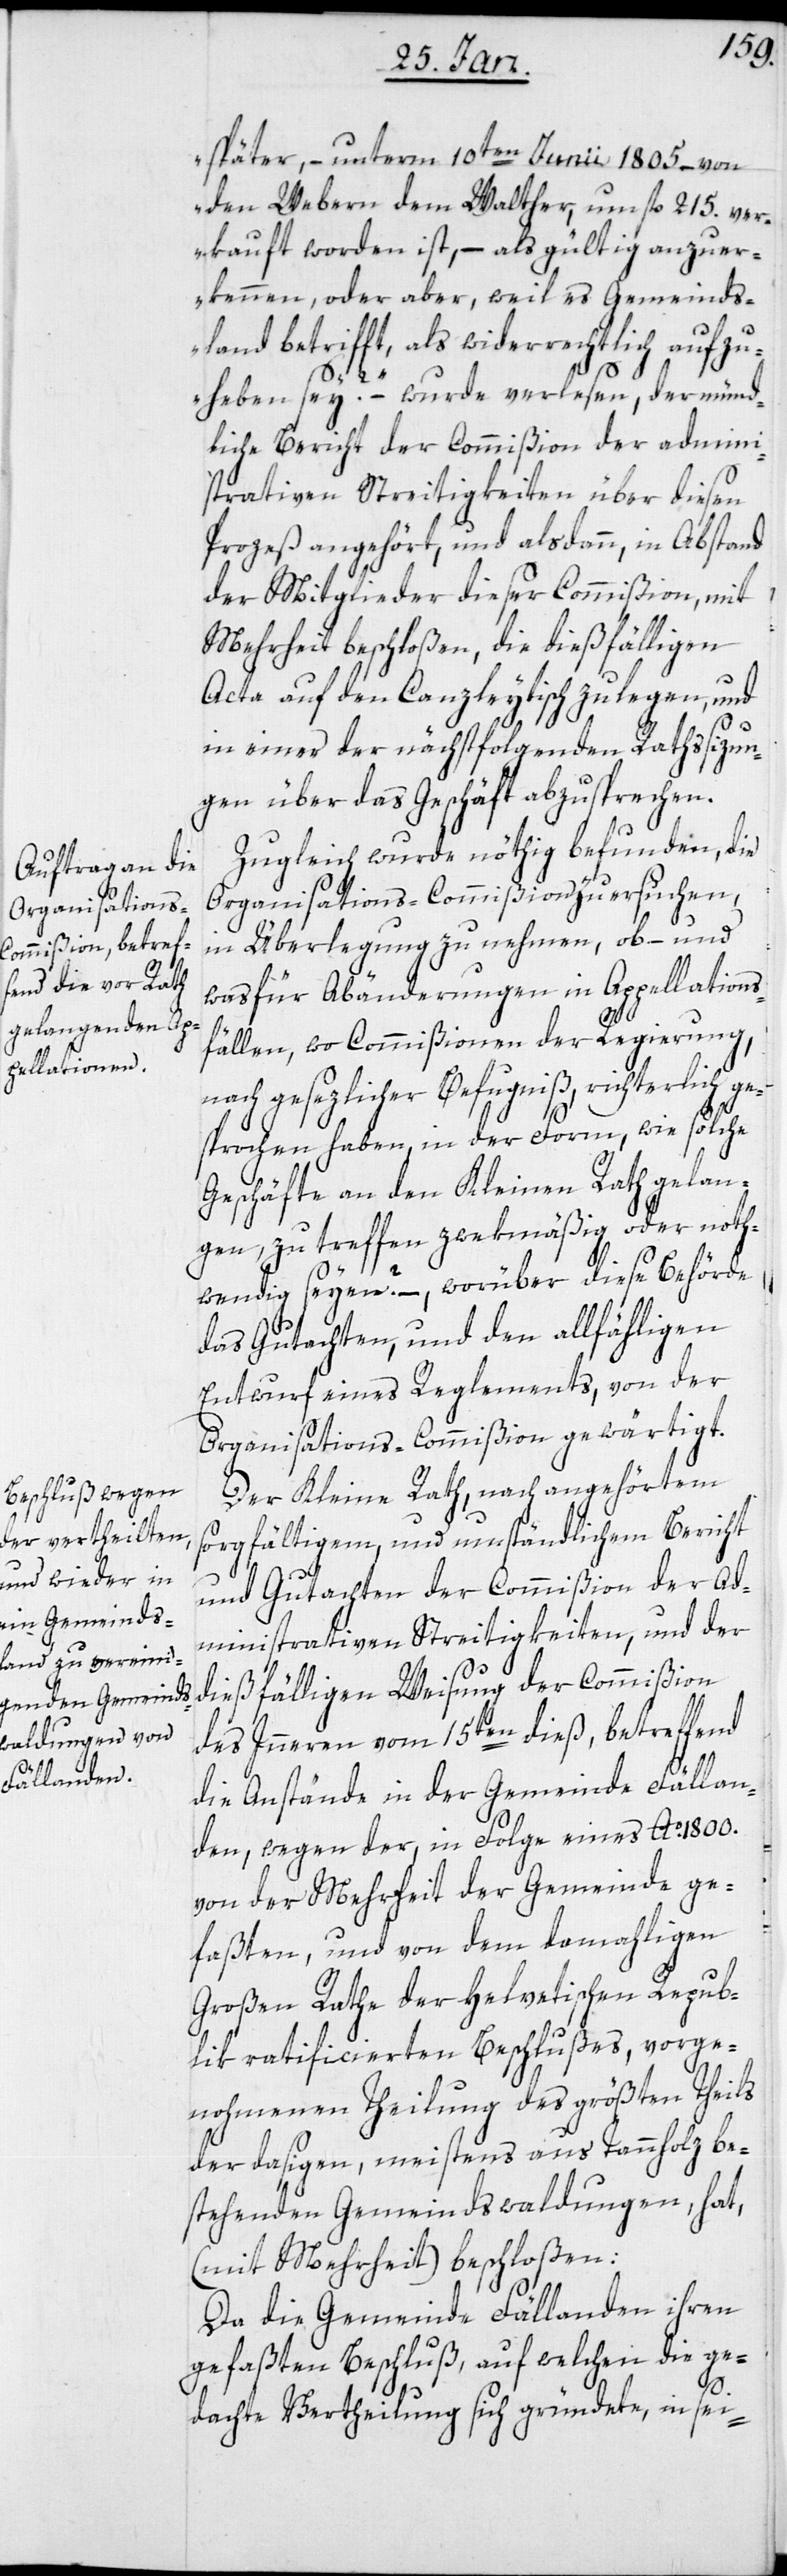
später, – unterm 10ten Junii 1805 – von
den Webern dem Walther, um fl. 215. ver¬
kauft worden ist, – als gültig anzuer¬
kennen, oder aber, weil es Gemeinds¬
land betrifft, als widerrechtlich aufzu¬
heben sey?“ – wurde verlesen, der münd¬
liche Bericht der Commißion der admini¬
strativen Streitigkeiten über diesen
Prozeß angehört, und alsdann, in Abstand
der Mitglieder dieser Commißion, mit
Mehrheit beschloßen, die dießfälligen
Acta auf den Canzleytisch zu legen, und
in einer der nächstfolgenden Rathssizun¬
gen über das Geschäft abzusprechen.
Zugleich wurde nöthig befunden, die
Organisations-Commißion zu ersuchen,
in Überlegung zu nehmen, ob – und
was für Abänderungen in Appellations¬
fällen, wo Commißionen der Regierung,
nach gesezlicher Befugniß, richterlich ge¬
sprochen haben, in der Form, wie solche
Geschäfte an den Kleinen Rath gelan¬
gen, zu treffen zwekmäßig oder noth¬
wendig seyen? – worüber diese Behörde
das Gutachten, und den allfähligen
Entwurf eines Reglements, von der
Organisations-Commißion gewärtigt.
Der Kleine Rath, nach angehörtem
sorgfältigem, und umständlichen Bericht
und Gutachten der Commißion der Ad¬
ministrativen Streitigkeiten, und der
dießfälligen Weisung der Commißion
des Inneren vom 15ten dieß, betreffend
die Anstände in der Gemeinde Fällan¬
den, wegen der in Folge eines Ao. 1800.
von der Mehrheit der Gemeinde ge¬
faßten, und von dem damahligen
Großen Rathe der Helvetischen Repub¬
lik ratificierten Beschlußes, vorge¬
nohmenen Theilung des größten Theils
der dasigen, meistens aus Tannholz be¬
stehenden Gemeindswaldungen, hat,
(mit Mehrheit) beschloßen:
Da die Gemeinde Fällanden ihren
gefaßten Beschluß, auf welchen die ge¬
dachte Vertheilung sich gründete, in sei-